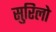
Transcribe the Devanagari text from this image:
सुरिलो